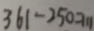
3 6 1 - 2 5 0 = 1 1 1